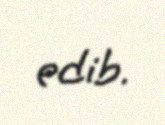
edib.